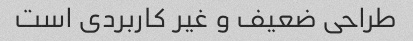
طراحی ضعیف و غیر کاربردی است